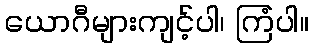
ယောဂီများကျင့်ပါ၊ ကြံပါ။